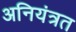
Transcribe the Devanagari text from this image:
अनियंत्रत